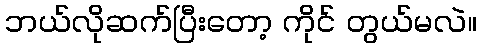
ဘယ်လိုဆက်ပြီးတော့ ကိုင် တွယ်မလဲ။